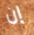
إن